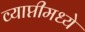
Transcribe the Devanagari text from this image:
व्याप्तीमध्ये